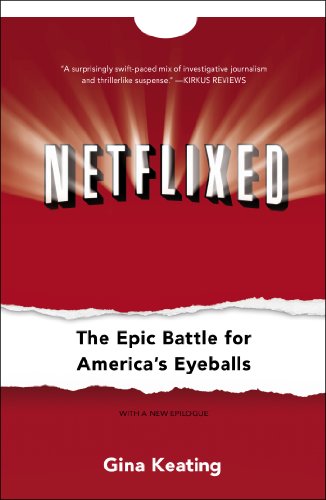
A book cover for Netflixed: The Epic Battle for America's Eyeballs; Gina Keating; Business & Money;